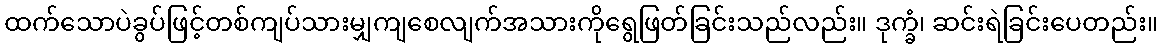
ထက်သောပဲခွပ်ဖြင့်တစ်ကျပ်သားမျှကျစေလျက်အသားကိုရွေဖြတ်ခြင်းသည်လည်း။ ဒုက္ခံ၊ ဆင်းရဲခြင်းပေတည်း။